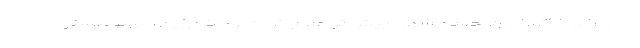
ملی برای بازگرداندن اجساد شهدا پیش تر اعلام کرده بود که رژیم صهیونیستی